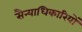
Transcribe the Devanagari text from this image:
सैन्याधिकारियों